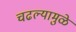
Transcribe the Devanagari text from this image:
चढल्यामुळे